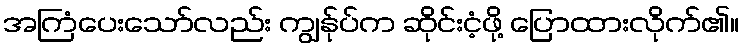
အကြံပေးသော်လည်း ကျွန်ုပ်က ဆိုင်းငံ့ဖို့ ပြောထားလိုက်၏။